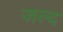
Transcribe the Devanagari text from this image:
जल्द